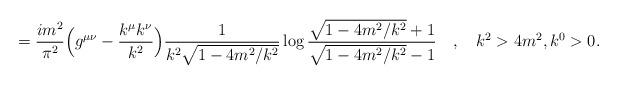
LaTeX: \begin{align*}=\frac{im^2}{\pi^2} \Bigl( g^{\mu \nu} - \frac{k^\mu k^\nu}{k^2} \Bigr)\frac{1}{k^2 \sqrt{1-4m^2/k^2}} \log \frac{\sqrt{1-4m^2/k^2}+1}{\sqrt{1-4m^2/k^2}-1} \quad ,\quad k^2>4m^2,k^0>0.\end{align*}